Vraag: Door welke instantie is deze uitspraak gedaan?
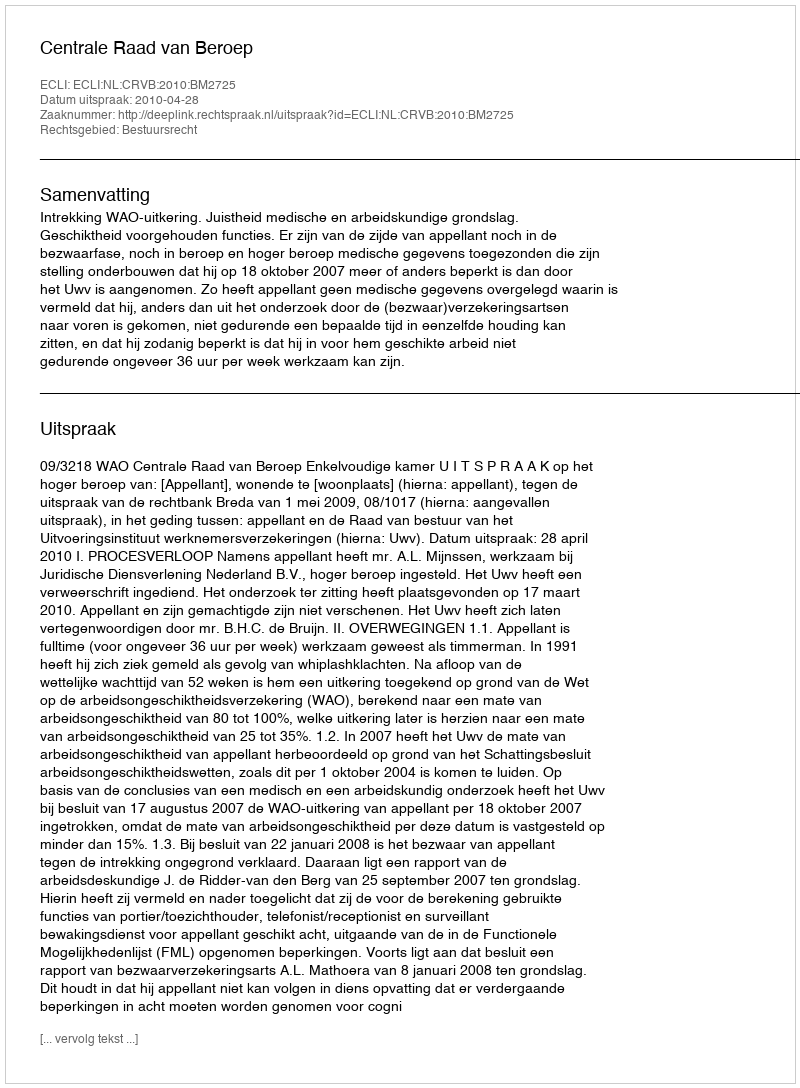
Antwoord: Centrale Raad van Beroep